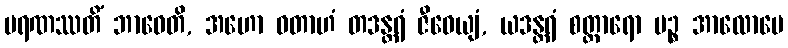
မရဏဿတိံ ဘာဝေတိ, အဟော ဝတာဟံ တဒန္တရံ ဇီဝေယျံ, ယဒန္တရံ စတ္တာရော ပဉ္စ အာလောပေ